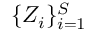
\{ Z _ { i } \} _ { i = 1 } ^ { S }